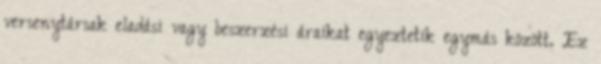
versenytársak eladási vagy beszerzési áraikat egyeztetik egymás között. Ez